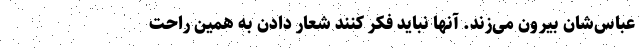
عباس‌شان بیرون می‌زند. آنها نباید فکر کنند شعار دادن به همین راحت